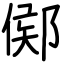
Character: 鄇